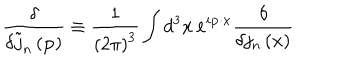
\frac \delta { \delta \tilde { j } _ { n } \left( \mathbf { p } \right) } \equiv \frac 1 { \left( 2 \pi \right) ^ { 3 } } \int d ^ { 3 } \mathbf { x \, e } ^ { i \mathbf { p \cdot x } } \frac \delta { \delta j _ { n } \left( \mathbf { x } \right) }